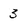
Character: 3